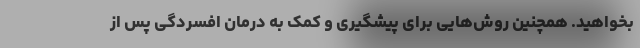
بخواهید. همچنین روش‌هایی برای پیشگیری و کمک به درمان افسردگی پس از